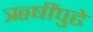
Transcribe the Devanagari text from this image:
ऋषींपुढे